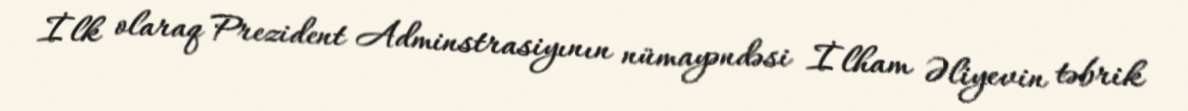
İlk olaraq Prezident Adminstrasiyının nümayəndəsi İlham Əliyevin təbrik